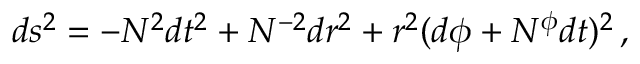
d s ^ { 2 } = - N ^ { 2 } d t ^ { 2 } + N ^ { - 2 } d r ^ { 2 } + r ^ { 2 } ( d \phi + N ^ { \phi } d t ) ^ { 2 } \, ,